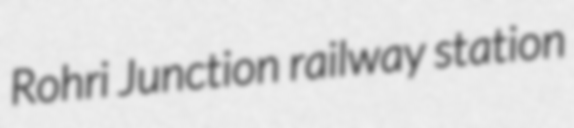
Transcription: Rohri Junction railway station